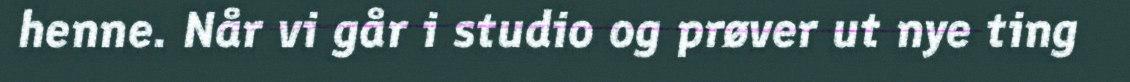
henne. Når vi går i studio og prøver ut nye ting